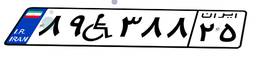
۸۹W۳۸۸۲۵